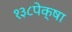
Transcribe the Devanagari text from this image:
१३८पेक्षा